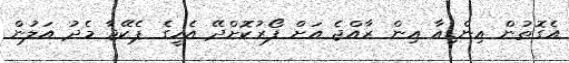
އެގޮތުން އިންޑިއާ އިން ރާއްޖެ އަށް ފޯރުކޮށްދޭ އެހީގެ ޕެކޭޖާ މެދު އަލުން